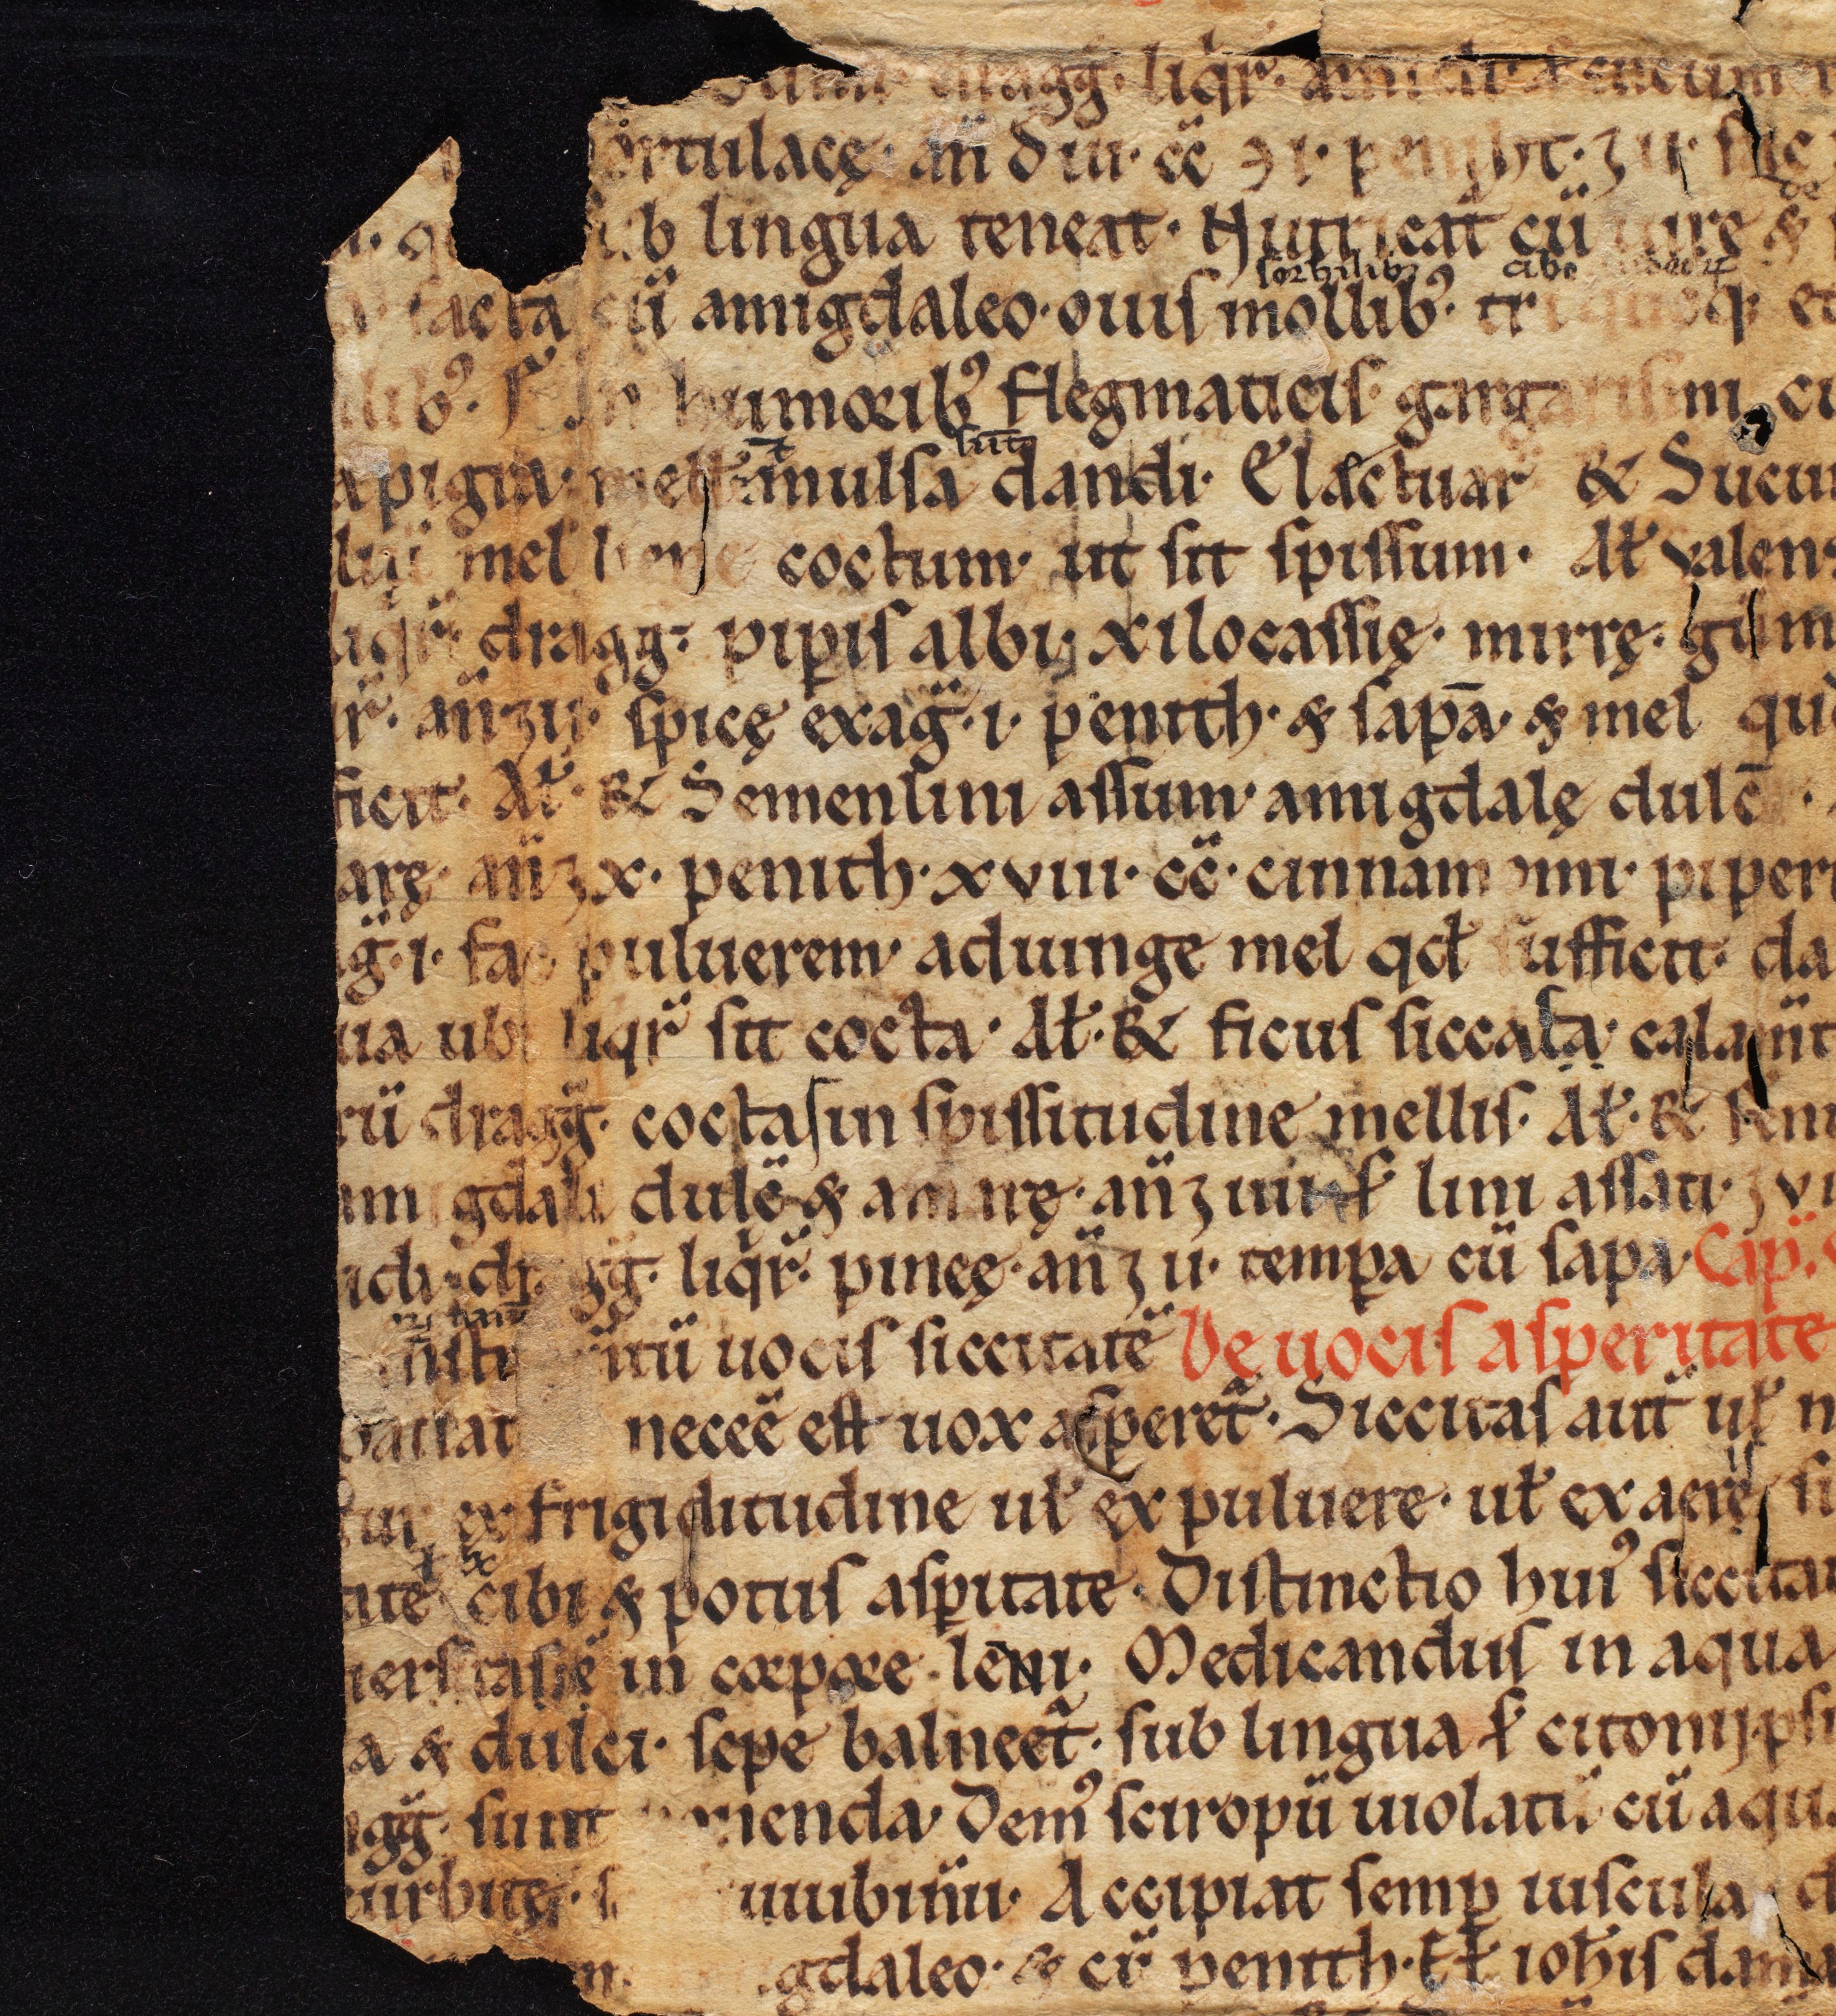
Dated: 1100–1299